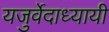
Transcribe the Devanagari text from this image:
यजुर्वेदाध्यायी